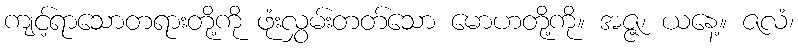
ကျင့်ရာသောတရားတို့ကို ဖုံးလွှမ်းတတ်သော မောဟတို့ကို။ အဇ္ဇ၊ ယနေ့။ ဇလံ၊